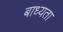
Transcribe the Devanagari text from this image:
बाध्‍यता